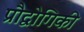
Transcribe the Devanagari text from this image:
प्रौद्वोगिकी